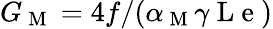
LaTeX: G_{\mathrm{~M~}}=4f/(\alpha_{\mathrm{~M~}}\gamma\mathrm{~L~e~})